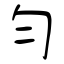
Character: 勻